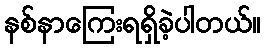
နစ်နာကြေးရရှိခဲ့ပါတယ်။